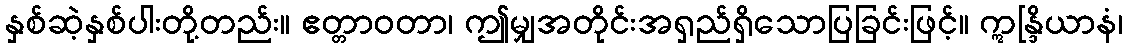
နှစ်ဆဲ့နှစ်ပါးတို့တည်း။ ဧတ္တာဝတာ၊ ဤမျှအတိုင်းအရှည်ရှိသောပြခြင်းဖြင့်။ ဣန္ဒြိယာနံ၊